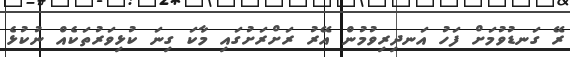
ރޭ ގަނޑުވުމަށް ފަހު އަނދިރިވުމުން އޭރު ރަށްރަށުގައި މާކަ ގިނަ ކުޅިވަރުތަކެއް ނުކުޅެ